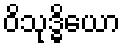
ဝိသုဒ္ဓိယော